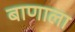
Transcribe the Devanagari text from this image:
बाणाला